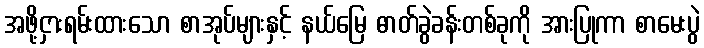
အဖို့ငှားရမ်းထားသော စာအုပ်များနှင့် နယ်မြေ ဓာတ်ခွဲခန်းတစ်ခုကို အားပြုကာ စာမေးပွဲ